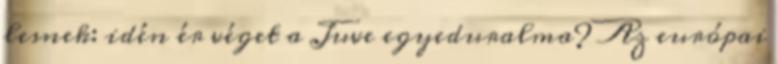
lesnek: idén ér véget a Juve egyeduralma? Az európai